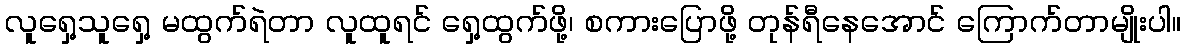
လူရှေ့သူရှေ့ မထွက်ရဲတာ လူထူရင် ရှေ့ထွက်ဖို့၊ စကားပြောဖို့ တုန်ရီနေအောင် ကြောက်တာမျိုးပါ။